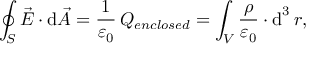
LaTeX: \oint _ { S } { \vec { E } } \cdot \mathrm { d } { \vec { A } } = { \frac { 1 } { \varepsilon _ { 0 } } } \, Q _ { e n c l o s e d } = \int _ { V } { \frac { \rho } { \varepsilon _ { 0 } } } \cdot \operatorname { d } ^ { 3 } r ,